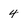
Character: 4